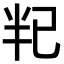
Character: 𫧟